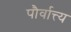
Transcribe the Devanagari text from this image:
पौर्वात्त्य